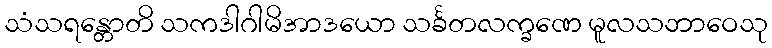
သံသရန္တောတိ သကဒါဂါမိအာဒယော သင်္ခတလက္ခဏေ မူလသဘာဝေသု